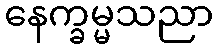
နေက္ခမ္မသညာ